Vaccination in Bombay 1913-1923 - 1913-1923
Year: 1913
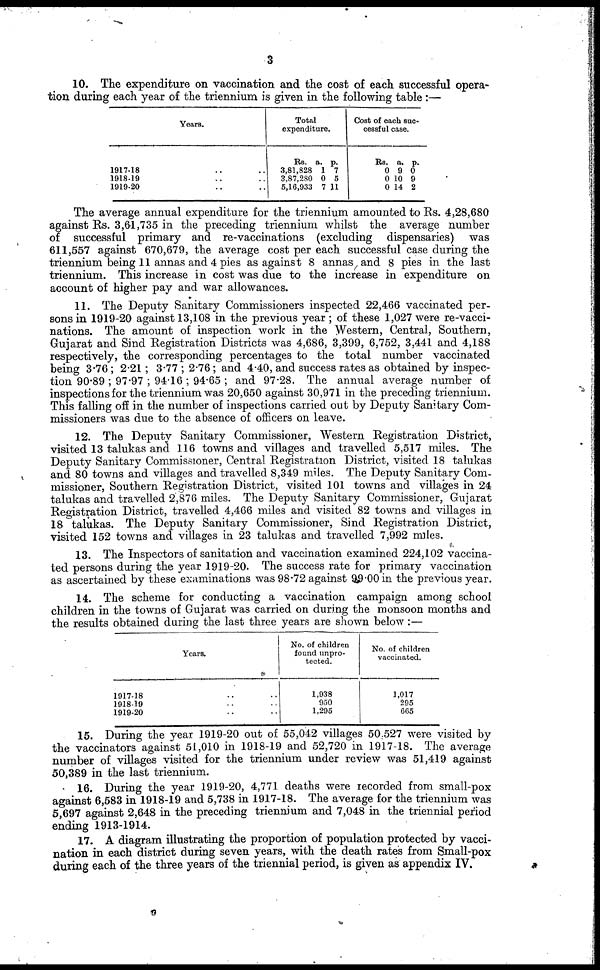
3
10. The expenditure on vaccination and the cost of each successful opera-
tion during each year of the triennium is given in the following table :—
Years.
1917-18 .. ..
1918-19 .. ..
1919-20 .. ..
Total
expenditure.
Rs.
3,81,828
3,87,280
5,16,933
a.
1
0
7
p.
7
5
11
Cost of each suc-
cessful case.
Rs.
0
0
0
a.
9
10
14
p.
0
9
2
The average annual expenditure for the triennium amounted to Rs. 4,28,680
against Rs. 3,61,735 in the preceding triennium whilst the average number
of successful primary and re-vaccinations (excluding dispensaries) was
611,557 against 670,679, the average cost per each successful case during the
triennium being 11 annas and 4 pies as against 8 annas and 8 pies in the last
triennium. This increase in cost was due to the increase in expenditure on
account of higher pay and war allowances.
11. The Deputy Sanitary Commissioners inspected 22,466 vaccinated per-
sons in 1919-20 against 13,108 in the previous year ; of these 1,027 were re-vacci-
nations. The amount of inspection work in the Western, Central, Southern,
Gujarat and Sind Registration Districts was 4,686, 3,399, 6,752, 3,441 and 4,188
respectively, the corresponding percentages to the total number vaccinated
being 3.76 ; 2.21 ; 3.77 ; 2.76; and 4.40, and success rates as obtained by inspec-
tion 90.89 ; 97.97 ; 94.16 ; 94.65 ; and 97.28. The annual average number of
inspections for the triennium was 20,650 against 30,971 in the preceding triennium.
This falling off in the number of inspections carried out by Deputy Sanitary Com-
missioners was due to the absence of officers on leave.
12. The Deputy Sanitary Commissioner, Western Registration District,
visited 13 talukas and 116 towns and villages and travelled 5,517 miles. The
Deputy Sanitary Commissioner, Central Registration District, visited 18 talukas
and 80 towns and villages and travelled 8,349 miles. The Deputy Sanitary Com-
missioner, Southern Registration District, visited 101 towns and villages in 24
talukas and travelled 2,876 miles. The Deputy Sanitary Commissioner, Gujarat
Registration District, travelled 4,466 miles and visited 82 towns and villages in
18 talukas. The Deputy Sanitary Commissioner, Sind Registration District,
visited 152 towns and villages in 23 talukas and travelled 7,992 miles.
13. The Inspectors of sanitation and vaccination examined 224,102 vaccina-
ted persons during the year 1919-20. The success rate for primary vaccination
as ascertained by these examinations was 98.72 against 99.00 in the previous year.
14. The scheme for conducting a vaccination campaign among school
children in the towns of Gujarat was carried on during the monsoon months and
the results obtained during the last three years are shown below :—
Years.
1917-18 .. ..
1918-19 .. ..
1919-20 .. ..
No. of children
found unpro-
tected.
1,938
950
1,295
No. of children
vaccinated.
1,017
295
665
15. During the year 1919-20 out of 55,042 villages 50,527 were visited by
the vaccinators against 51,010 in 1918-19 and 52,720 in 1917-18. The average
number of villages visited for the triennium under review was 51,419 against
50,389 in the last triennium.
16. During the year 1919-20, 4,771 deaths were recorded from small-pox
against 6,583 in 1918-19 and 5,738 in 1917-18. The average for the triennium was
5,697 against 2,648 in the preceding triennium and 7,048 in the triennial period
ending 1913-1914.
17. A diagram illustrating the proportion of population protected by vacci-
nation in each district during seven years, with the death rates from Small-pox
during each of the three years of the triennial period, is given as appendix IV.